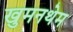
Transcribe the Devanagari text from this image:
खुमनथेम